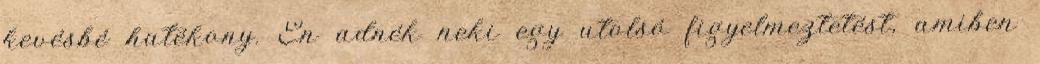
kevésbé hatékony. Én adnék neki egy utolsó figyelmeztetést, amiben